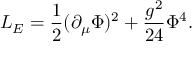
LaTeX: { \cal L } _ { E } = \frac { 1 } { 2 } ( \partial _ { \mu } \Phi ) ^ { 2 } + \frac { g ^ { 2 } } { 2 4 } \Phi ^ { 4 } .